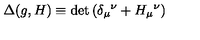
\Delta ( g , H ) \equiv \det { \left( \delta _ { \mu } { } ^ { \nu } + H _ { \mu } { } ^ { \nu } \right) }